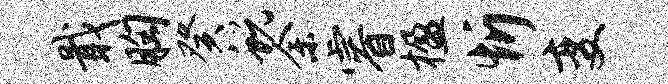
戢胸癸蜕余睿楹忻变